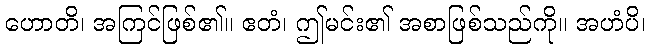
ဟောတိ၊ အကြင်ဖြစ်၏။ ဧတံ၊ ဤမင်း၏ အစာဖြစ်သည်ကို။ အဟံပိ၊